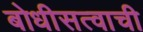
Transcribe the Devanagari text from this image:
बोधीसत्वाची